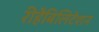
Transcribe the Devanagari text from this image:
रीहैबिलिटेशन